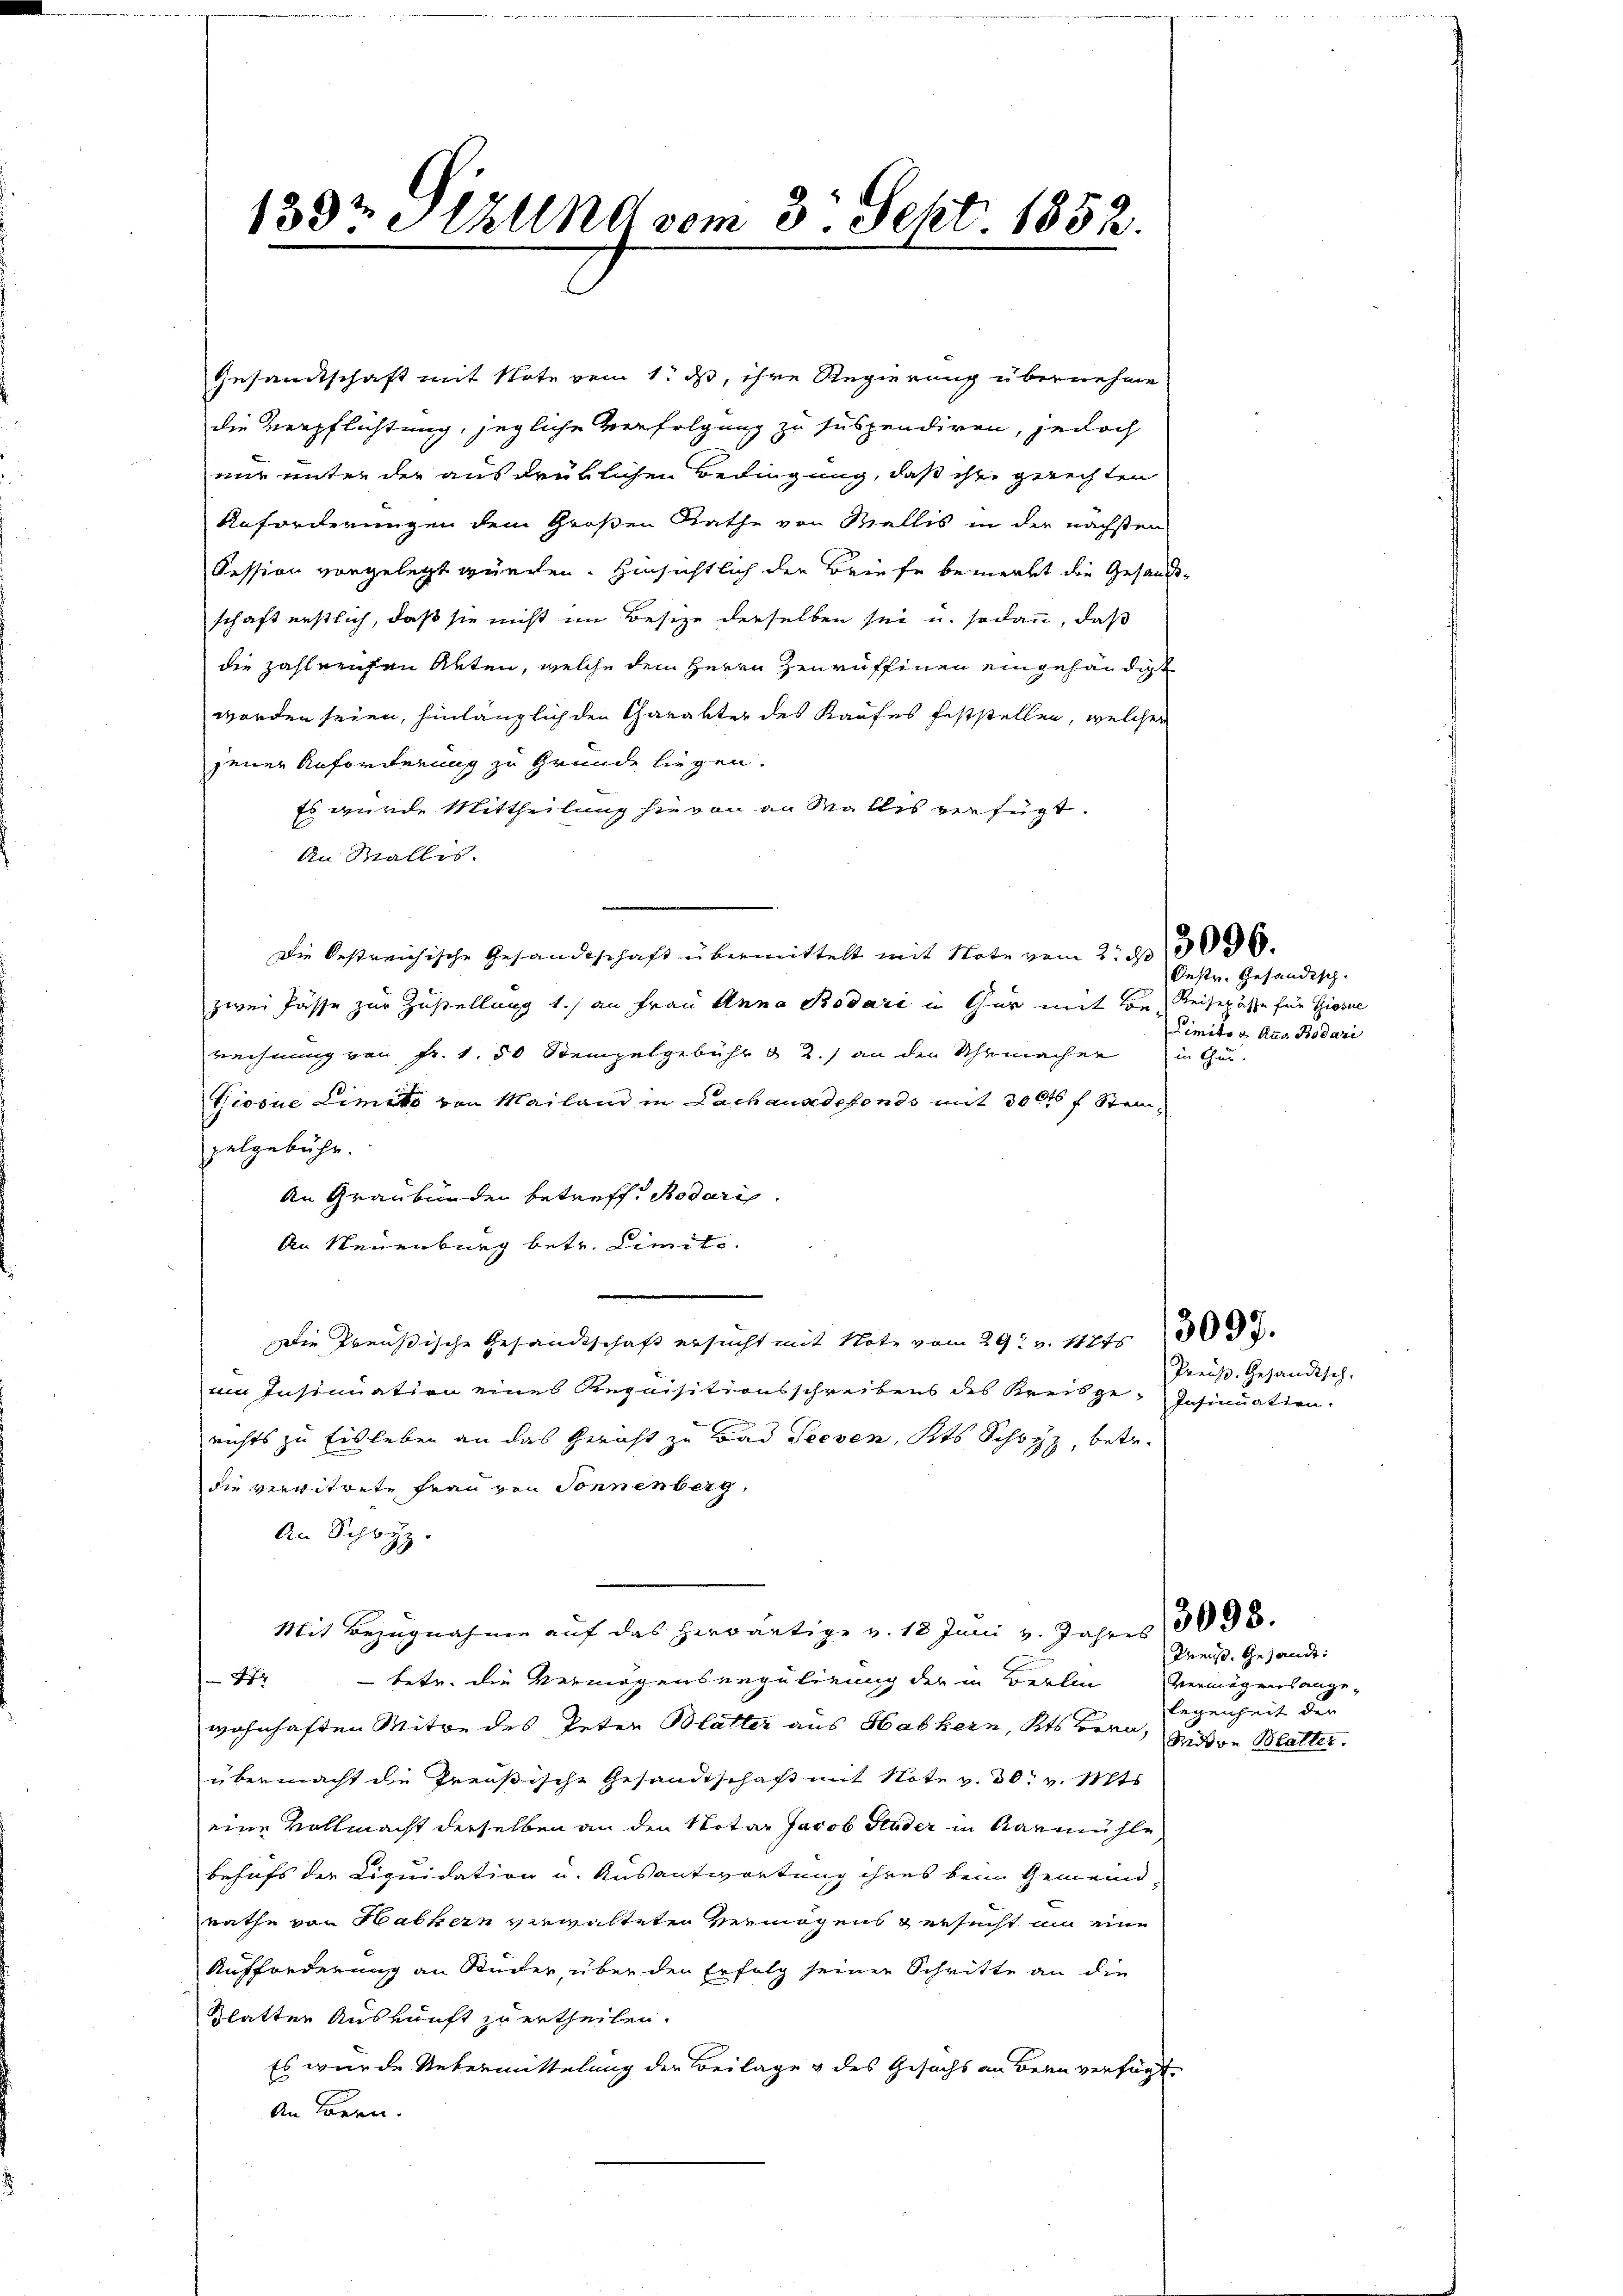
133t Sitzung vom 3. Sept. 1852.

Gesandtschaft mit Note vom 1. ds, ihre Regierung übernehme
die Verpflichtung, jegliche Verfolgung zu suspendiren, jedoch
nur unter der ausdrüklichen Bedingung, daß ihre gerechten
Anforderungen dem Großen Rathe von Mellis in der nächsten
Session vorgelegt würden. Hinsichtlich der Briefe bemerkt die Gesandtschaft erstlich, daß sie nicht im Besize derselben sei u. sodann, daß
die zahlreichen Arten, welche dem Herrn Zenruffinen eingehändigt
werden seien, hinlänglich den Charakter des Kaufes feststellen, welcher
jener Anforderung zu Grunde liegen.
Es wurde Mittheilung hievon an Malles verfügt.
An Wallis.
Die bestreichische Gesandtschaft übermittelt mit Note vom 2. 13036.
zwei Pässe zur Zustellung 1.) an Frau Anna Rodare u Gar mit von Reisepässe für Giesne
rechnung von Fr. 1. 50 Stempelgebühr & 2.) an den Uhrmacher in Gur-
Giosae Limite von Mailand in Lach ausdefonds mit 300 f Steinpelgebühr.
An Graubünden betreff. Rodari
An Neuenburg betr. Limite.
Die Preußische Gesandtschaft ersucht mit Note vom 29. v. 1825.
im Insinuation eines Requisitionsschreibens des Kreisge-Insinuation.
richts zu Eisleben an das Gericht zu Bad Seesen, Kts Schwyz, betr.
die verwitrete Frau von Sonnenberg,
An Schwyz.
Mit Bezugnahme auf das herwärtige v. 12 Juni v. Jahres
472 - betr. die Vermögensergulirung der in Berlin
wohnhaften Mitwe des Peten Blätter aus Habkern, Kts Bern, son Blatter.
übermacht die Preußische Gesandtschaft mit Note v. 30. v. Mts.
eine Vollmacht derselben an den Notar Jacob Studer in Aarmühle
behufs der Liquidation u. Ausantwortung ihres beim Gemeindrathe von Habkern verwalteten Vermögens versucht an eine
Aufforderung an Studer, über den Erfolg seiner Schritte an die
Blatten Auskunft zu ertheilen.
Es wurde Uebermittelung der Beilage & des Gesuchs an Bern verfügt
An Bern.

Oestr. Gesändisch.
Limits & Aus Bodari

Preis. Gehändisch.

Kreis, Gesandt:
Vermögensangelegenheit der

3093.